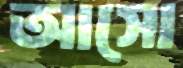
আসো